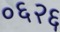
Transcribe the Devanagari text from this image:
०६२६